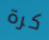
كرة